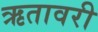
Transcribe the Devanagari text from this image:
ऋतावरी